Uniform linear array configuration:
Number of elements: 48
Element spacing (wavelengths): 0.5
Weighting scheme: cosine
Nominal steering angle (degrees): -60
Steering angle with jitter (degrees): -59.395
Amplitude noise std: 0.05
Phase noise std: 0.05

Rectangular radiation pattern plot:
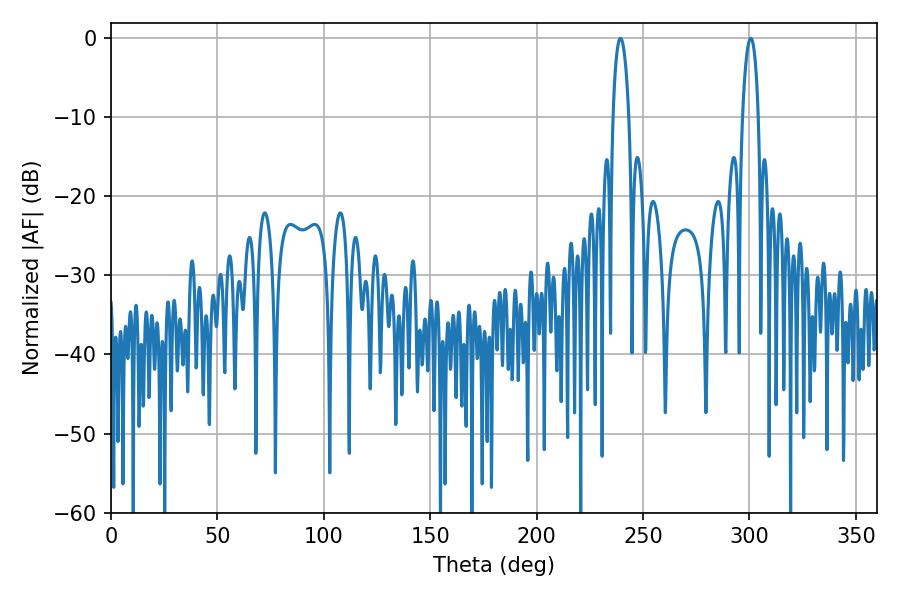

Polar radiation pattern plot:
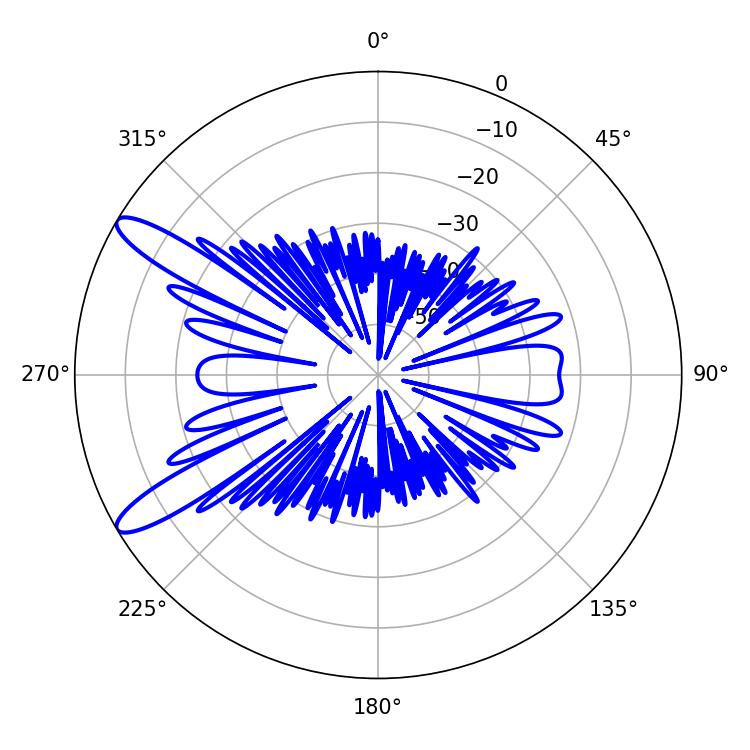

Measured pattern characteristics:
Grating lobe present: FALSE
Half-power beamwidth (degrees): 4.14
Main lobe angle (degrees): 239.4